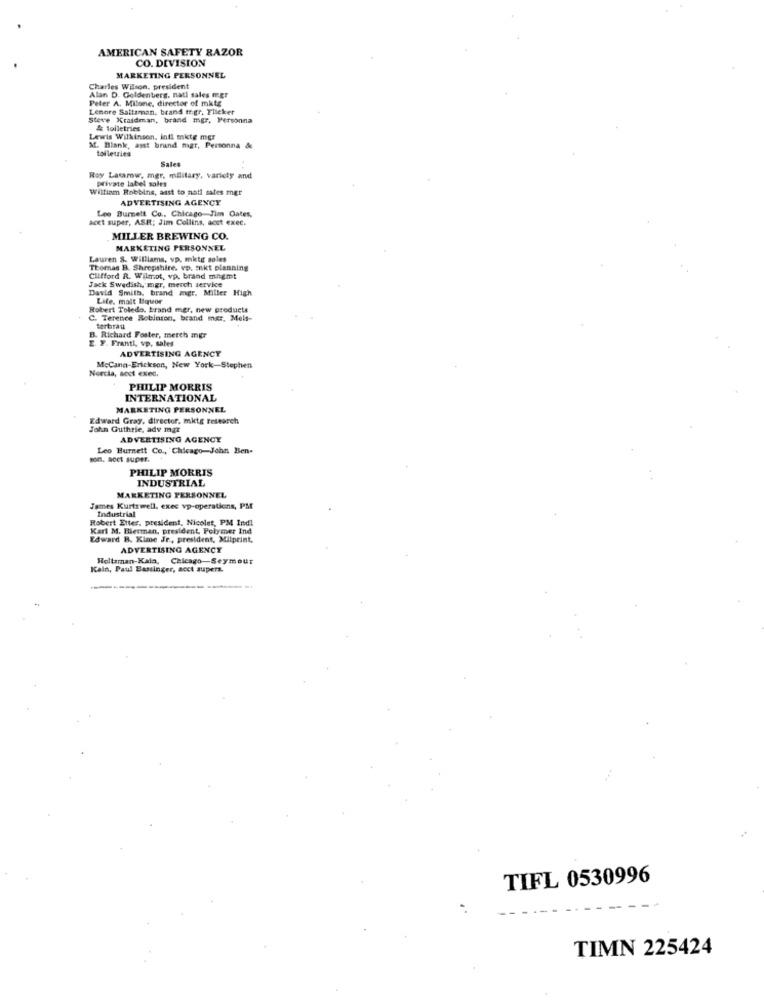
AMERICAN SAFETY RAZOR
CO. DEVISION
MARKETING PERSONNEL
Charles Wilson, president
Alan D. Goldenberg, natl sales mer
Peter A. Milone, director of mktg
Lenore Sattaman, brand togr, Flicker
Steve Kraidman, brand mgr. Personna
& toiletries
Lewis Wilkinson, inti mite mgr
M. Blank, asst brund mgr, Personna &
toiletries
Sales
Roy Latamow, mgr, military, variety and
Private label sales
William Robbins, asst to noti sales mer
ADVERTISING AGENCY
Leo Burnett Co .. Chicago Jim Oates,
acct super, ASH; Jim Collins, acct exec.
MILLER BREWING CO.
MARKETING PERSONNEL
Lauren S. Williams, vp. mktg soles
Thomas B. Shropshire, vp. EBkt planning
Clifford R. Wilmot, vp. brand mngmt
Jack Swedish, mgr, merch service
David Smith, brand mgr. Miller High
Life. malt liquor
Robert Toledo. brand mer, new products
C. Terence Robinson, brand mer, Mels-
terbrau
B. Richard Foster, merch mgr
E. F. Franti, vp, sales
ADVERTISING AGENCY
Norcia, acct exed,
McCann-Erickson, New York-Stephen
PHILIP MORRIS
INTERNATIONAL
MARKETING PERSONNEL
Edward Gray, director, mktg research
John Guthrie, adv mar
ADVERTISING AGENCY
Leo Burnett Co ., Chicago-John Ben-
son. a001 super.
PHILIP MORRIS
INDUSTRIAL
MARKETING PERSONNEL
James Kurtzwell. exec vp-operations, PM
Industrial
Robert Etter, president, Nicolet, PM Indl
Karl M. Hierman, president Polymer Ind
Edward B. Kime Jr ., president, Milprint,
ADVERTISING AGENCY
Hollaman-Kala, Chicago-Seymour
Kain, Paul Bassinger, acct aupers.
TIFL 0530996
TIMN 225424